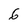
Character: 6